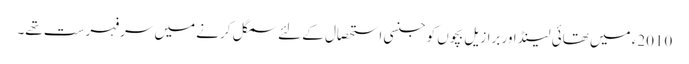
2010ء میں تھائی لینڈ اور برازیل بچوں کو جنسی استحصال کے لئے سمگل کرنے میں سرفہرست تھے۔